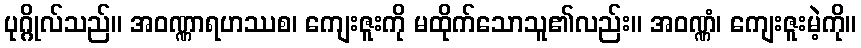
ပုဂ္ဂိုလ်သည်။ အဝဏ္ဏာရဟဿစ၊ ကျေးဇူးကို မထိုက်သောသူ၏လည်း။ အဝဏ္ဏံ၊ ကျေးဇူးမဲ့ကို။